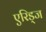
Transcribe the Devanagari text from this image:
एरिड्‌ज